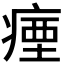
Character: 𭼗